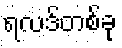
ရလဒ်တစ်ခု